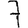
Digit: 7